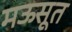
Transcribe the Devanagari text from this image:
मऊसूत